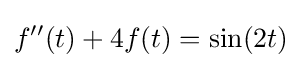
f''(t)+4f(t)=\sin(2t)